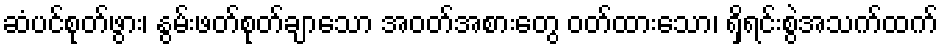
ဆံပင်စုတ်ဖွား၊ နွမ်းဖတ်စုတ်ချာသော အဝတ်အစားတွေ ဝတ်ထားသော၊ ရှိရင်းစွဲအသက်ထက်